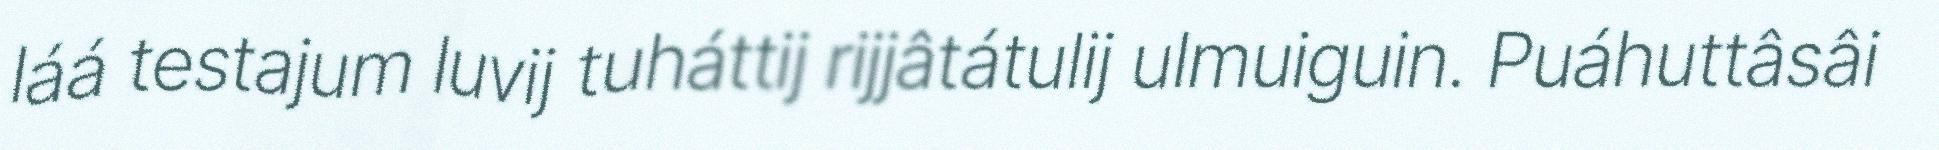
láá testajum luvij tuháttij rijjâtátulij ulmuiguin. Puáhuttâsâi